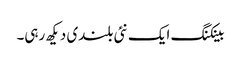
بینکنگ ایک نئی بلندی دیکھ رہی۔